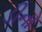
ડીના